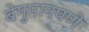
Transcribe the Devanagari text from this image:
बेगुमानपणे